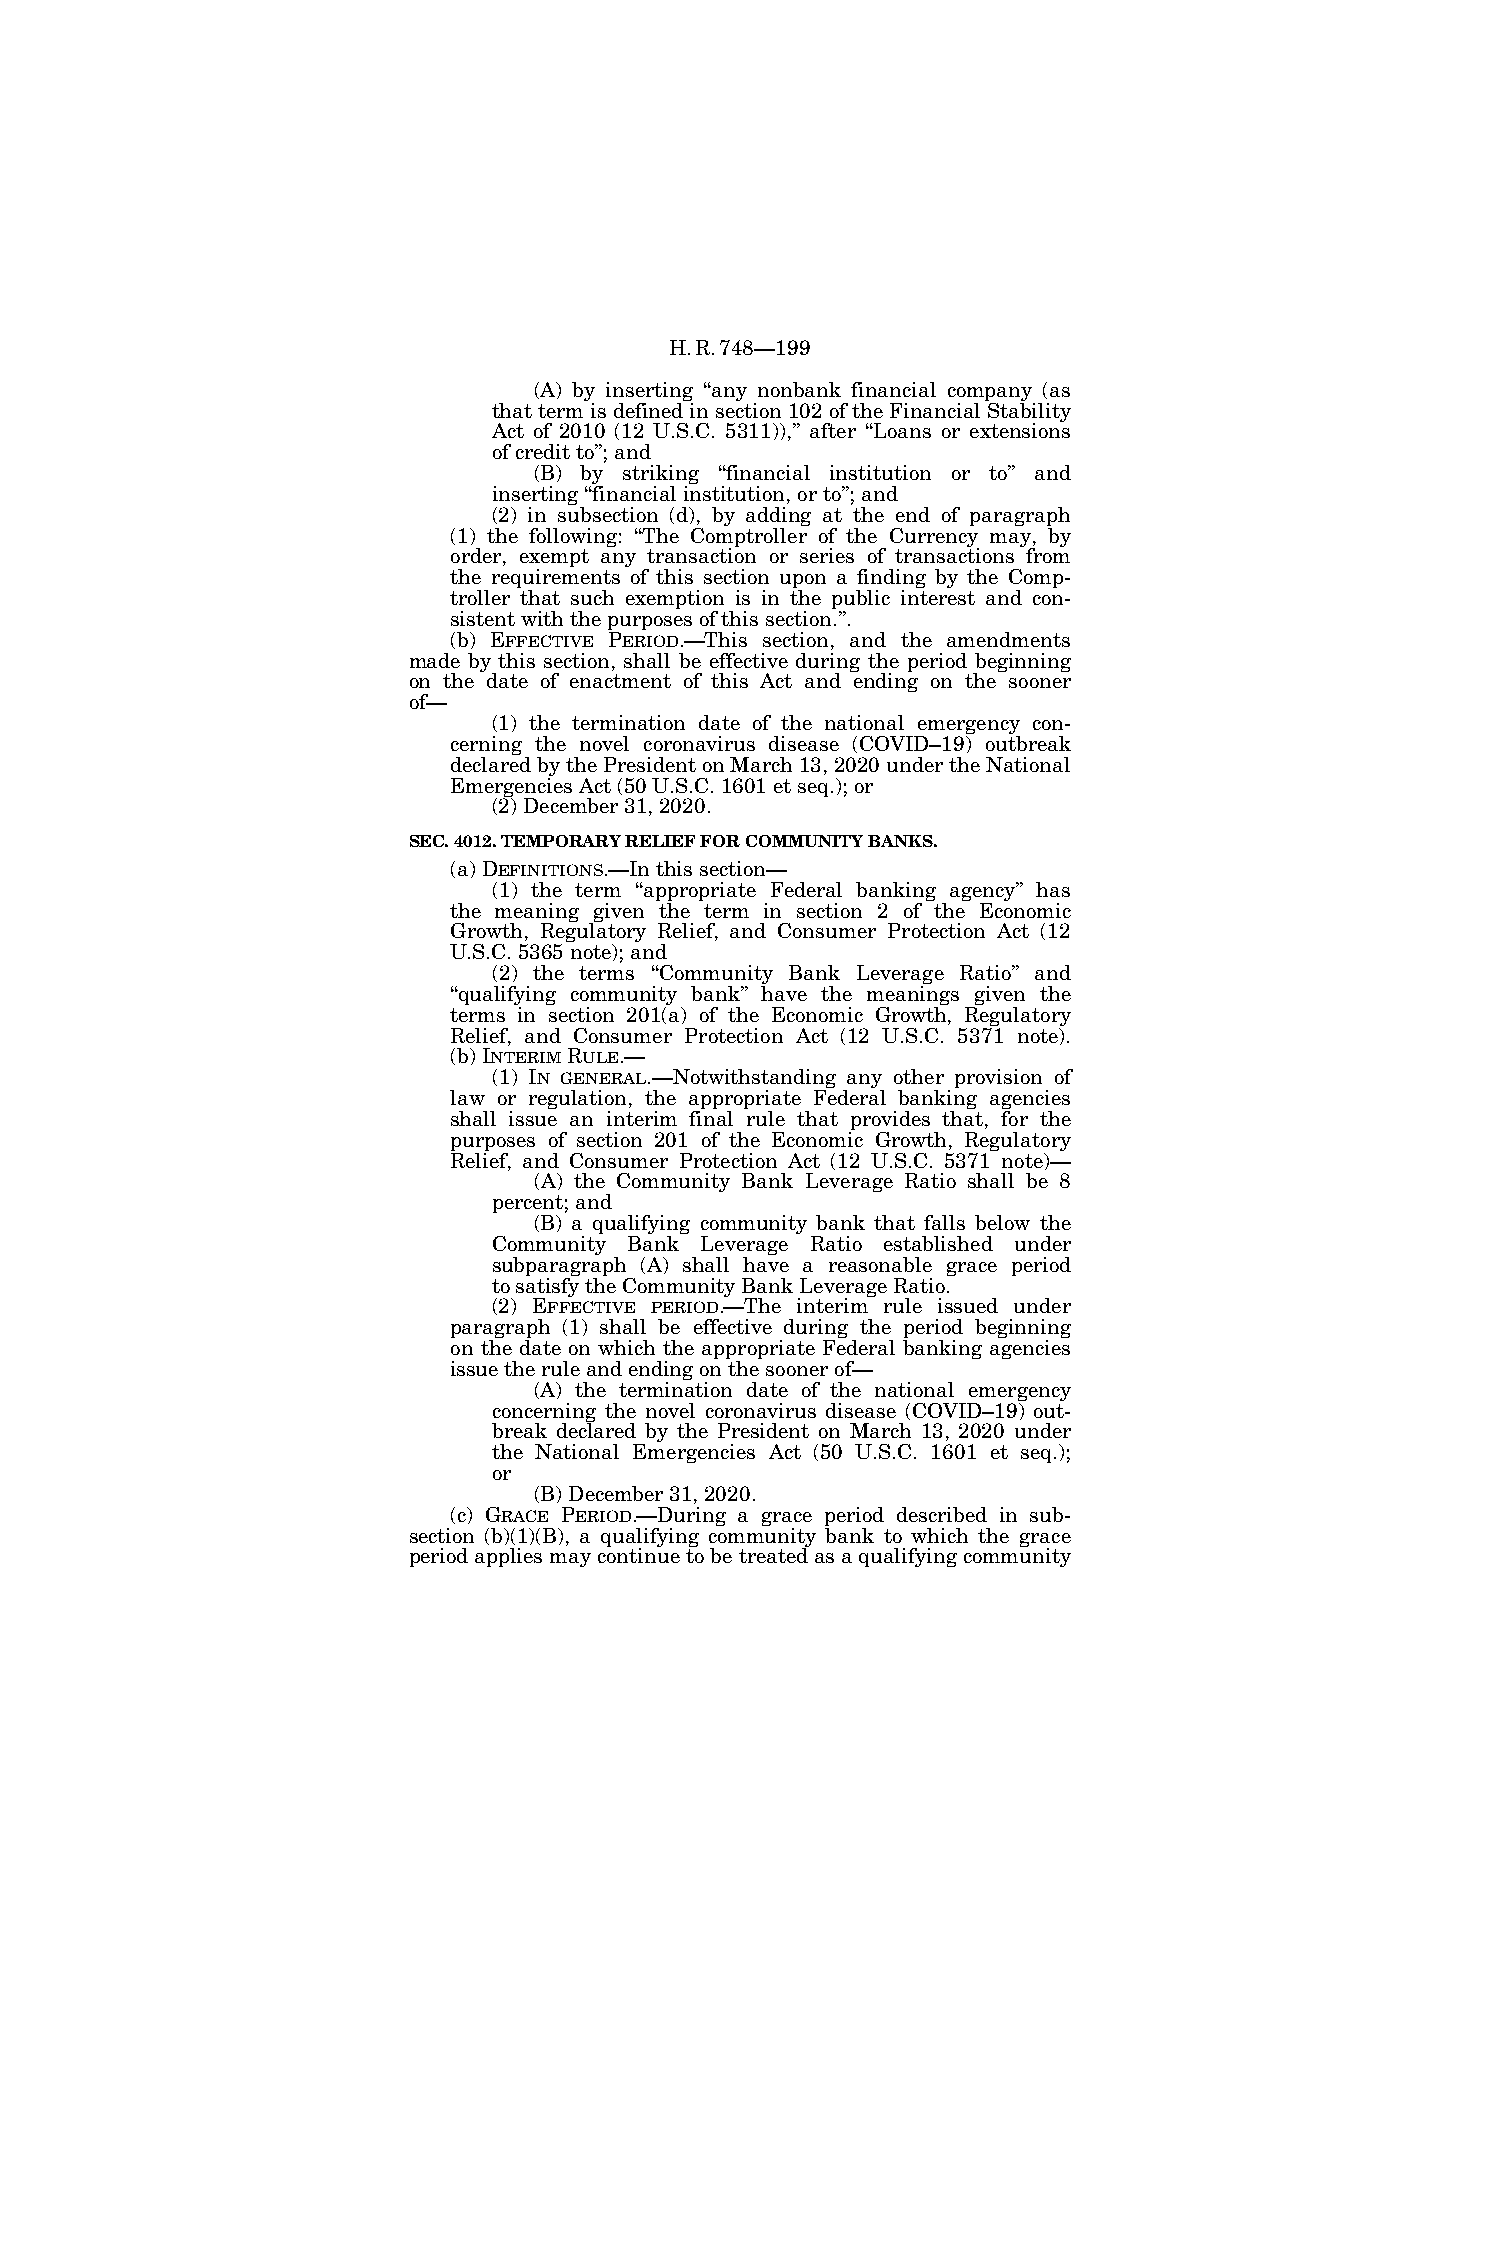
H.R.748—199
 (A) by inserting ‘‘any nonbank financial company (as
 that term is defined in section 102 of the Financial Stability
 Act of 2010 (12 U.S.C. 5311)),’’ after ‘‘Loans or extensions
 of credit to’’; and
 (B) by striking ‘‘financial institution or to’’ and
 inserting ‘‘financial institution, or to’’; and
 (2) in subsection (d), by adding at the end of paragraph
 (1) the following: ‘‘The Comptroller of the Currency may, by
 order, exempt any transaction or series of transactions from
 the requirements of this section upon a finding by the Comp-
 troller that such exemption is in the public interest and con-
 sistent with the purposes of this section.’’.
 (b) EFFECTIVE PERIOD.—This section, and the amendments
 made by this section, shall be effective during the period beginning
 on the date of enactment of this Act and ending on the sooner
 of—
 (1) the termination date of the national emergency con-
 cerning the novel coronavirus disease (COVID–19) outbreak
 declared by the President on March 13, 2020 under the National
 Emergencies Act (50 U.S.C. 1601 et seq.); or
 (2) December 31, 2020.
 SEC. 4012. TEMPORARY RELIEF FOR COMMUNITY BANKS.
 (a) DEFINITIONS.—In this section—
 (1) the term ‘‘appropriate Federal banking agency’’ has
 the meaning given the term in section 2 of the Economic
 Growth, Regulatory Relief, and Consumer Protection Act (12
 U.S.C. 5365 note); and
 (2) the terms ‘‘Community Bank Leverage Ratio’’ and
 ‘‘qualifying community bank’’ have the meanings given the
 terms in section 201(a) of the Economic Growth, Regulatory
 Relief, and Consumer Protection Act (12 U.S.C. 5371 note).
 (b) INTERIMRULE.—
 (1) IN GENERAL.—Notwithstanding any other provision of
 law or regulation, the appropriate Federal banking agencies
 shall issue an interim final rule that provides that, for the
 purposes of section 201 of the Economic Growth, Regulatory
 Relief, and Consumer Protection Act (12 U.S.C. 5371 note)—
 (A) the Community Bank Leverage Ratio shall be 8
 percent; and
 (B) a qualifying community bank that falls below the
 Community Bank Leverage Ratio established under
 subparagraph (A) shall have a reasonable grace period
 to satisfy the Community Bank Leverage Ratio.
 (2) EFFECTIVE PERIOD.—The interim rule issued under
 paragraph (1) shall be effective during the period beginning
 on the date on which the appropriate Federal banking agencies
 issue the rule and ending on the sooner of—
 (A) the termination date of the national emergency
 concerning the novel coronavirus disease (COVID–19) out-
 break declared by the President on March 13, 2020 under
 the National Emergencies Act (50 U.S.C. 1601 et seq.);
 or
 (B) December 31, 2020.
 (c) GRACE PERIOD.—During a grace period described in sub-
 section (b)(1)(B), a qualifying community bank to which the grace
 period applies may continue to be treated as a qualifying community